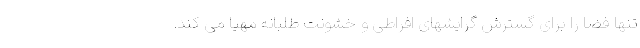
تنها فضا را برای گسترش گرایشهای افراطی و خشونت طلبانه مهیا می کند.